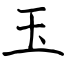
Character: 玉